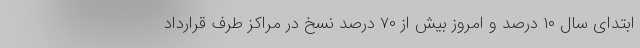
ابتدای سال ۱۰ درصد و امروز بیش از ۷۰ درصد نسخ در مراکز طرف قرارداد